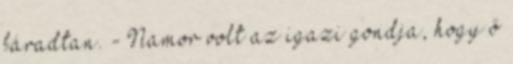
fáradtan. - Namor volt az igazi gondja, hogy ő